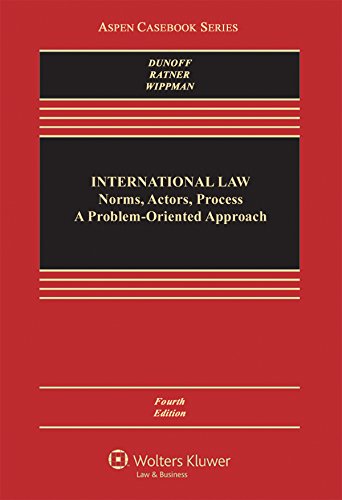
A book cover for International Law: Norms, Actors, Process: A Problem-Oriented Approach (Aspen Casebook); Jeffrey Dunoff; Law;